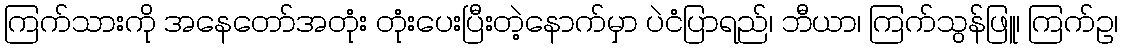
ကြက်သားကို အနေတော်အတုံး တုံးပေးပြီးတဲ့နောက်မှာ ပဲငံပြာရည်၊ ဘီယာ၊ ကြက်သွန်ဖြူ၊ ကြက်ဥ၊